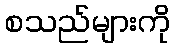
စသည်များကို